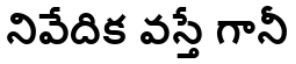
నివేదిక వస్తే గానీ